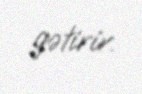
gətirir.